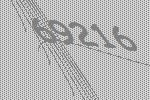
69216